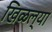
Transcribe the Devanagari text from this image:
खिळल्या